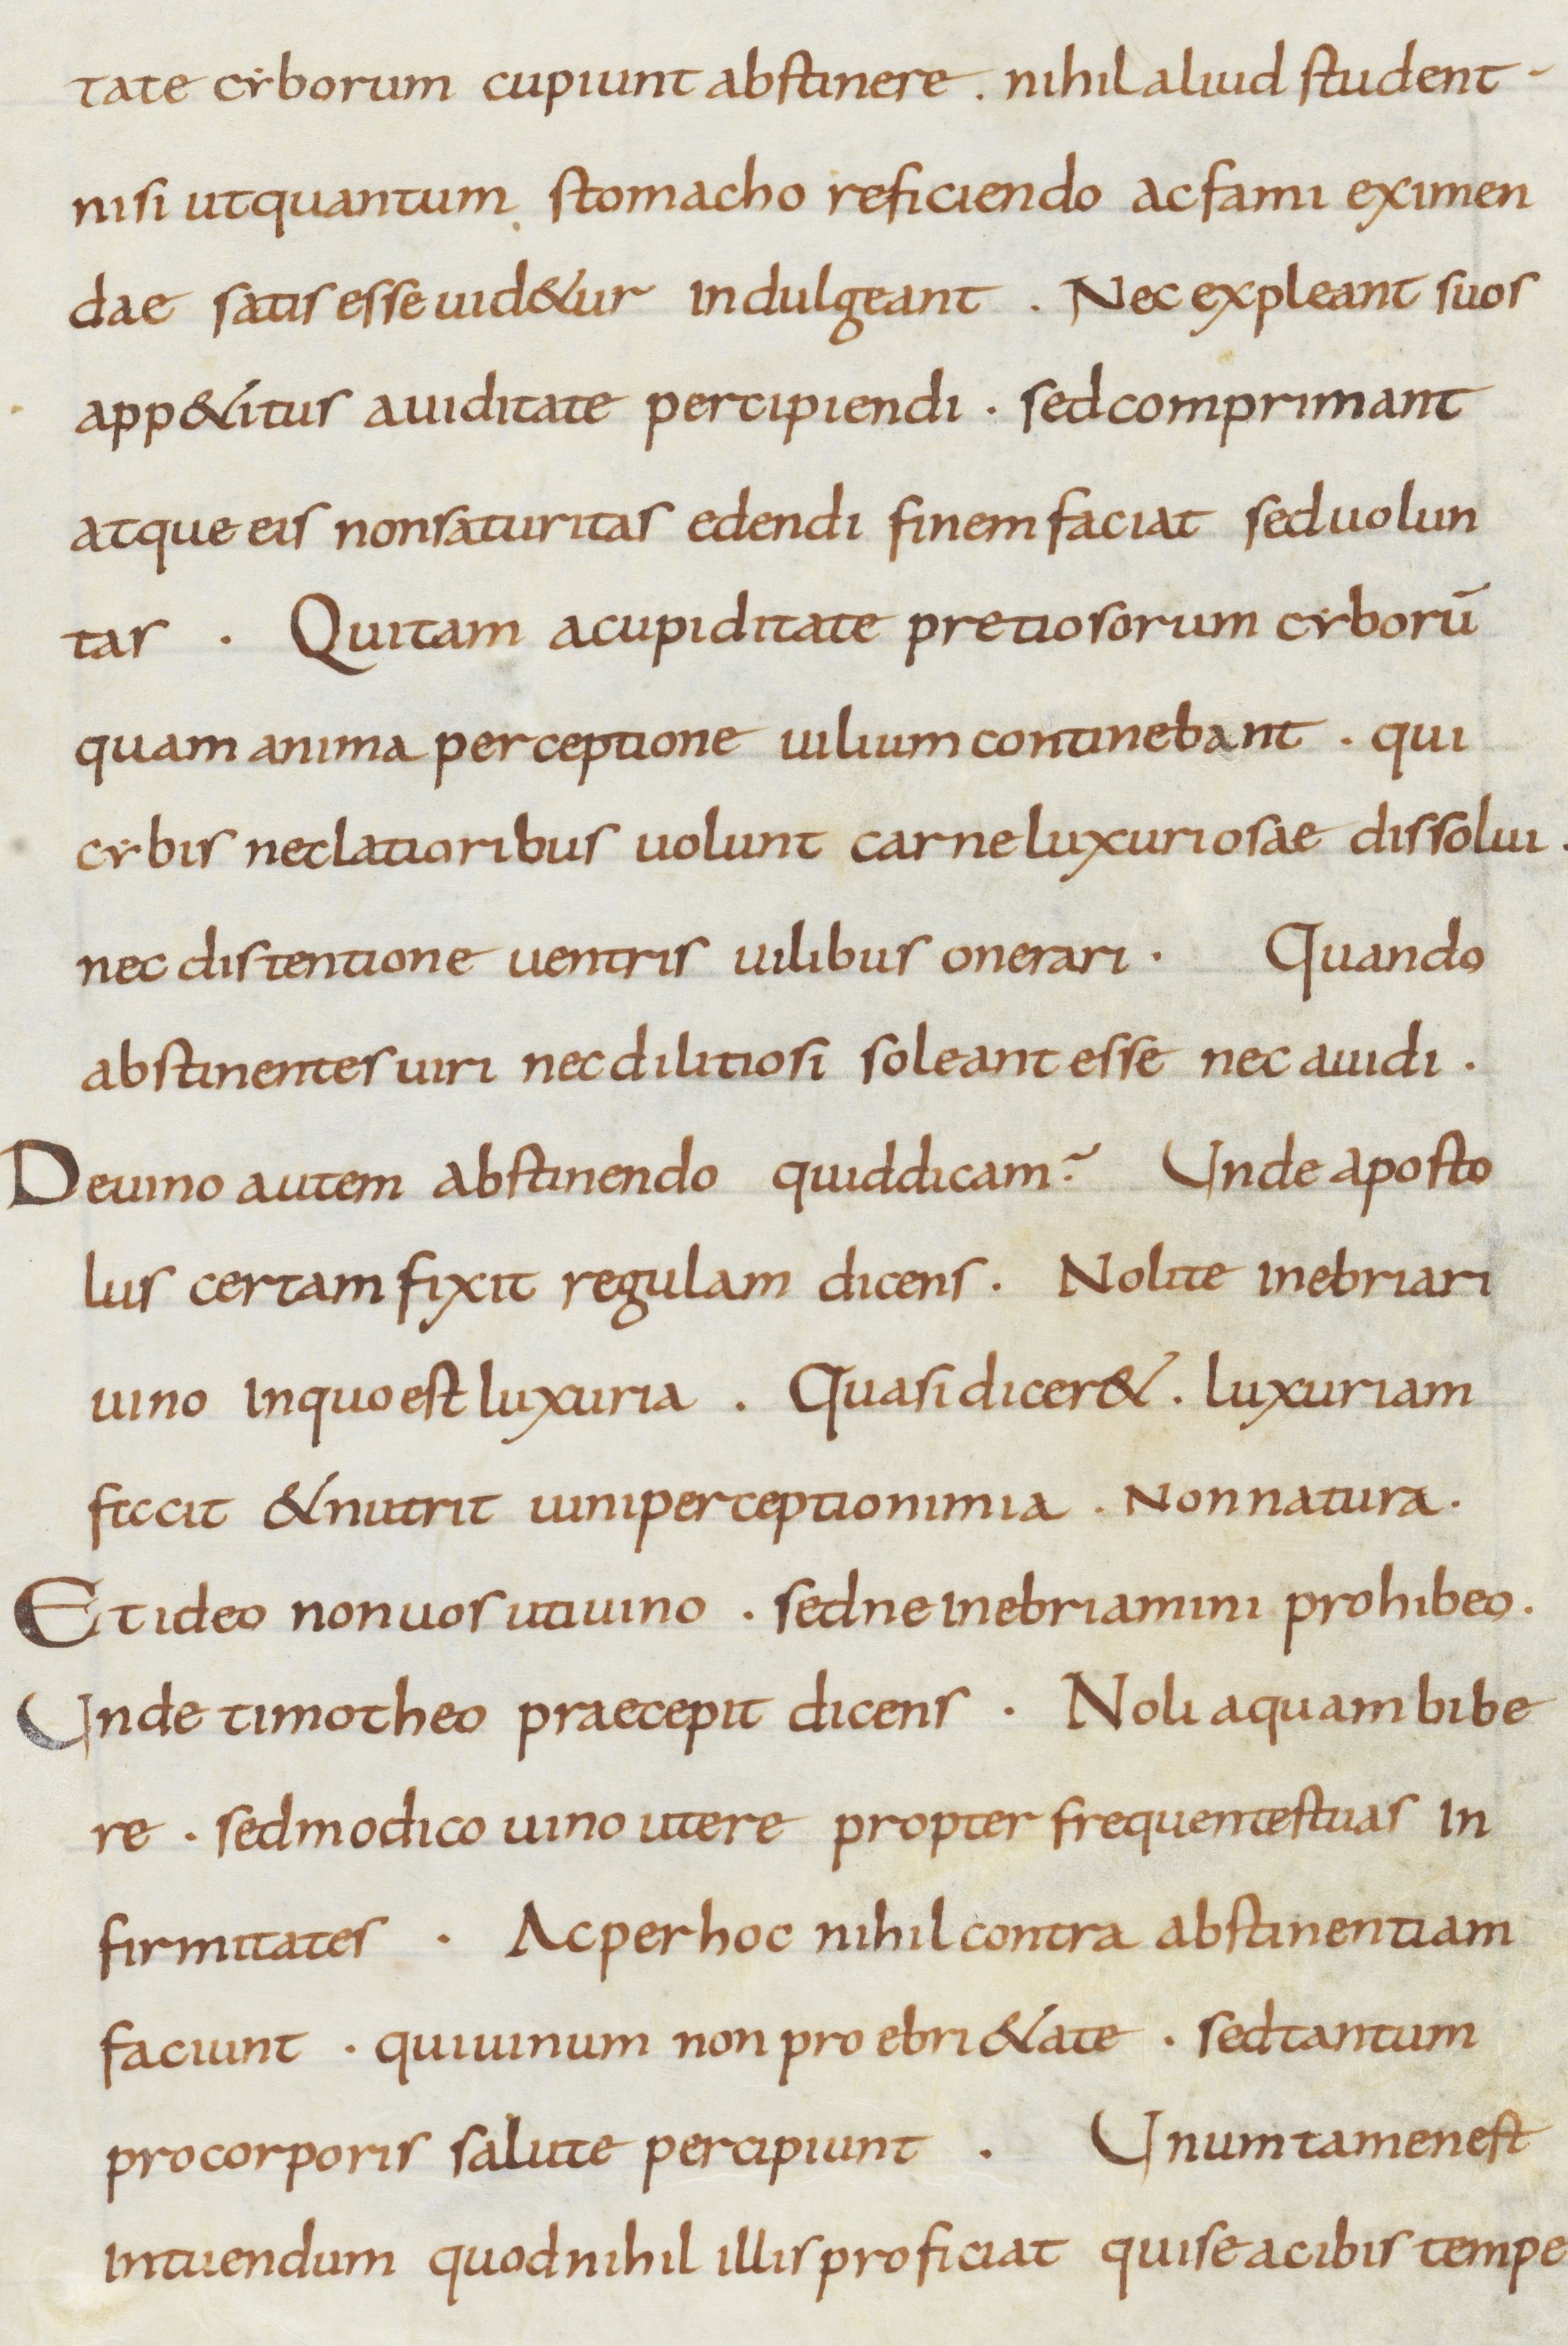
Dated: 800–899